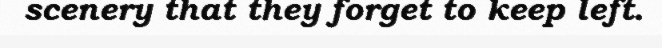
scenery that they forget to keep left.